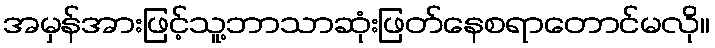
အမှန်အားဖြင့်သူ့ဘာသာဆုံးဖြတ်နေစရာတောင်မလို။